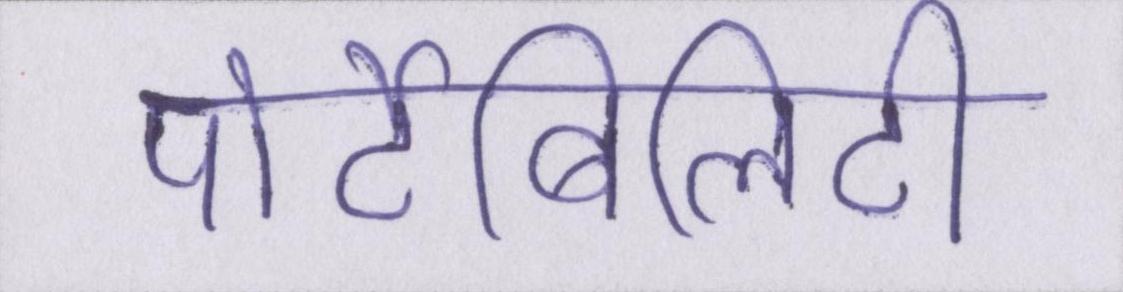
पोर्टेबिलिटी